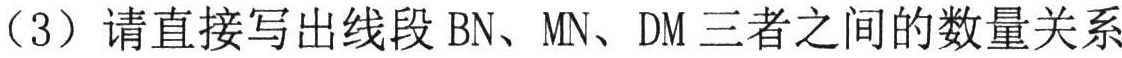
（3）请直接写出线段 BN、MN、DM 三者之间的数量关系